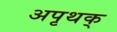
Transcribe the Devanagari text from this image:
अपृथक्